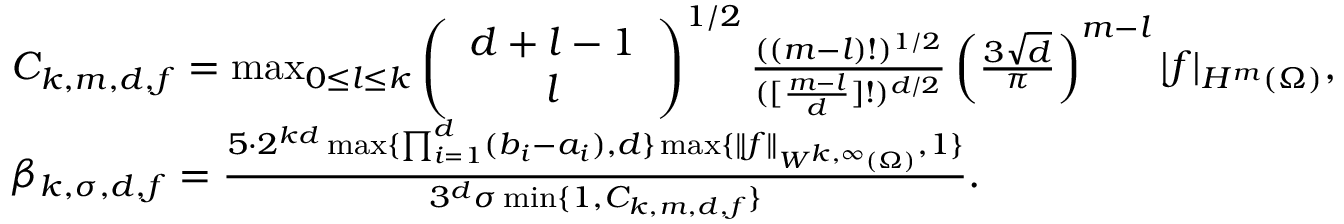
\begin{array} { r l } & { C _ { k , m , d , f } = \operatorname* { m a x } _ { 0 \leq l \leq k } \left( \begin{array} { c } { d + l - 1 } \\ { l } \end{array} \right) ^ { 1 / 2 } \frac { ( ( m - l ) ! ) ^ { 1 / 2 } } { ( [ \frac { m - l } { d } ] ! ) ^ { d / 2 } } \left( \frac { 3 \sqrt { d } } { \pi } \right) ^ { m - l } | f | _ { H ^ { m } ( \Omega ) } , } \\ & { \beta _ { k , \sigma , d , f } = \frac { 5 \cdot 2 ^ { k d } \operatorname* { m a x } \{ \prod _ { i = 1 } ^ { d } ( b _ { i } - a _ { i } ) , d \} \operatorname* { m a x } \{ \| f \| _ { W ^ { k , \infty } ( \Omega ) } , 1 \} } { 3 ^ { d } \sigma \operatorname* { m i n } \{ 1 , C _ { k , m , d , f } \} } . } \end{array}